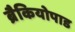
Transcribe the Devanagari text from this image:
ब्रैकियोपाड